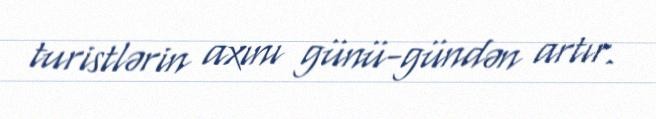
turistlərin axını günü-gündən artır.